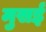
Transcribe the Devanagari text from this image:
मुसई